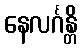
နေလင်္ဂန္တိ